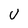
Character: U